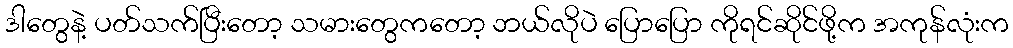
ဒါတွေနဲ့ ပတ်သက်ပြီးတော့ သမားတွေကတော့ ဘယ်လိုပဲ ပြောပြော ကိုရင်ဆိုင်ဖို့က အကုန်လုံးက